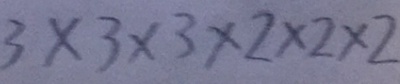
3 \times 3 \times 3 \times 2 \times 2 \times 2